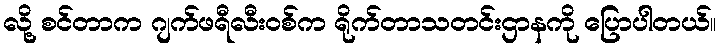
လို့ စင်တာက ဂျက်ဖရီလီးဝစ်က ရိုက်တာသတင်းဌာနကို ပြောပါတယ်။